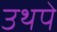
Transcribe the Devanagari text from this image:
उथपे